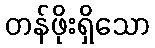
တန်ဖိုးရှိသော